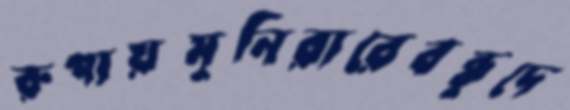
রুপায়মুনিরারেবন্ধুদে